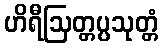
ဟိရီဩတ္တပ္ပသုတ္တံ